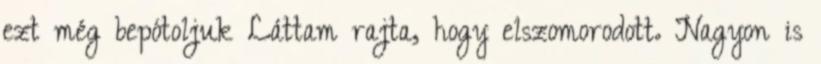
ezt még bepótoljuk Láttam rajta, hogy elszomorodott. Nagyon is